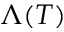
\Lambda ( T )